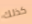
كذلك